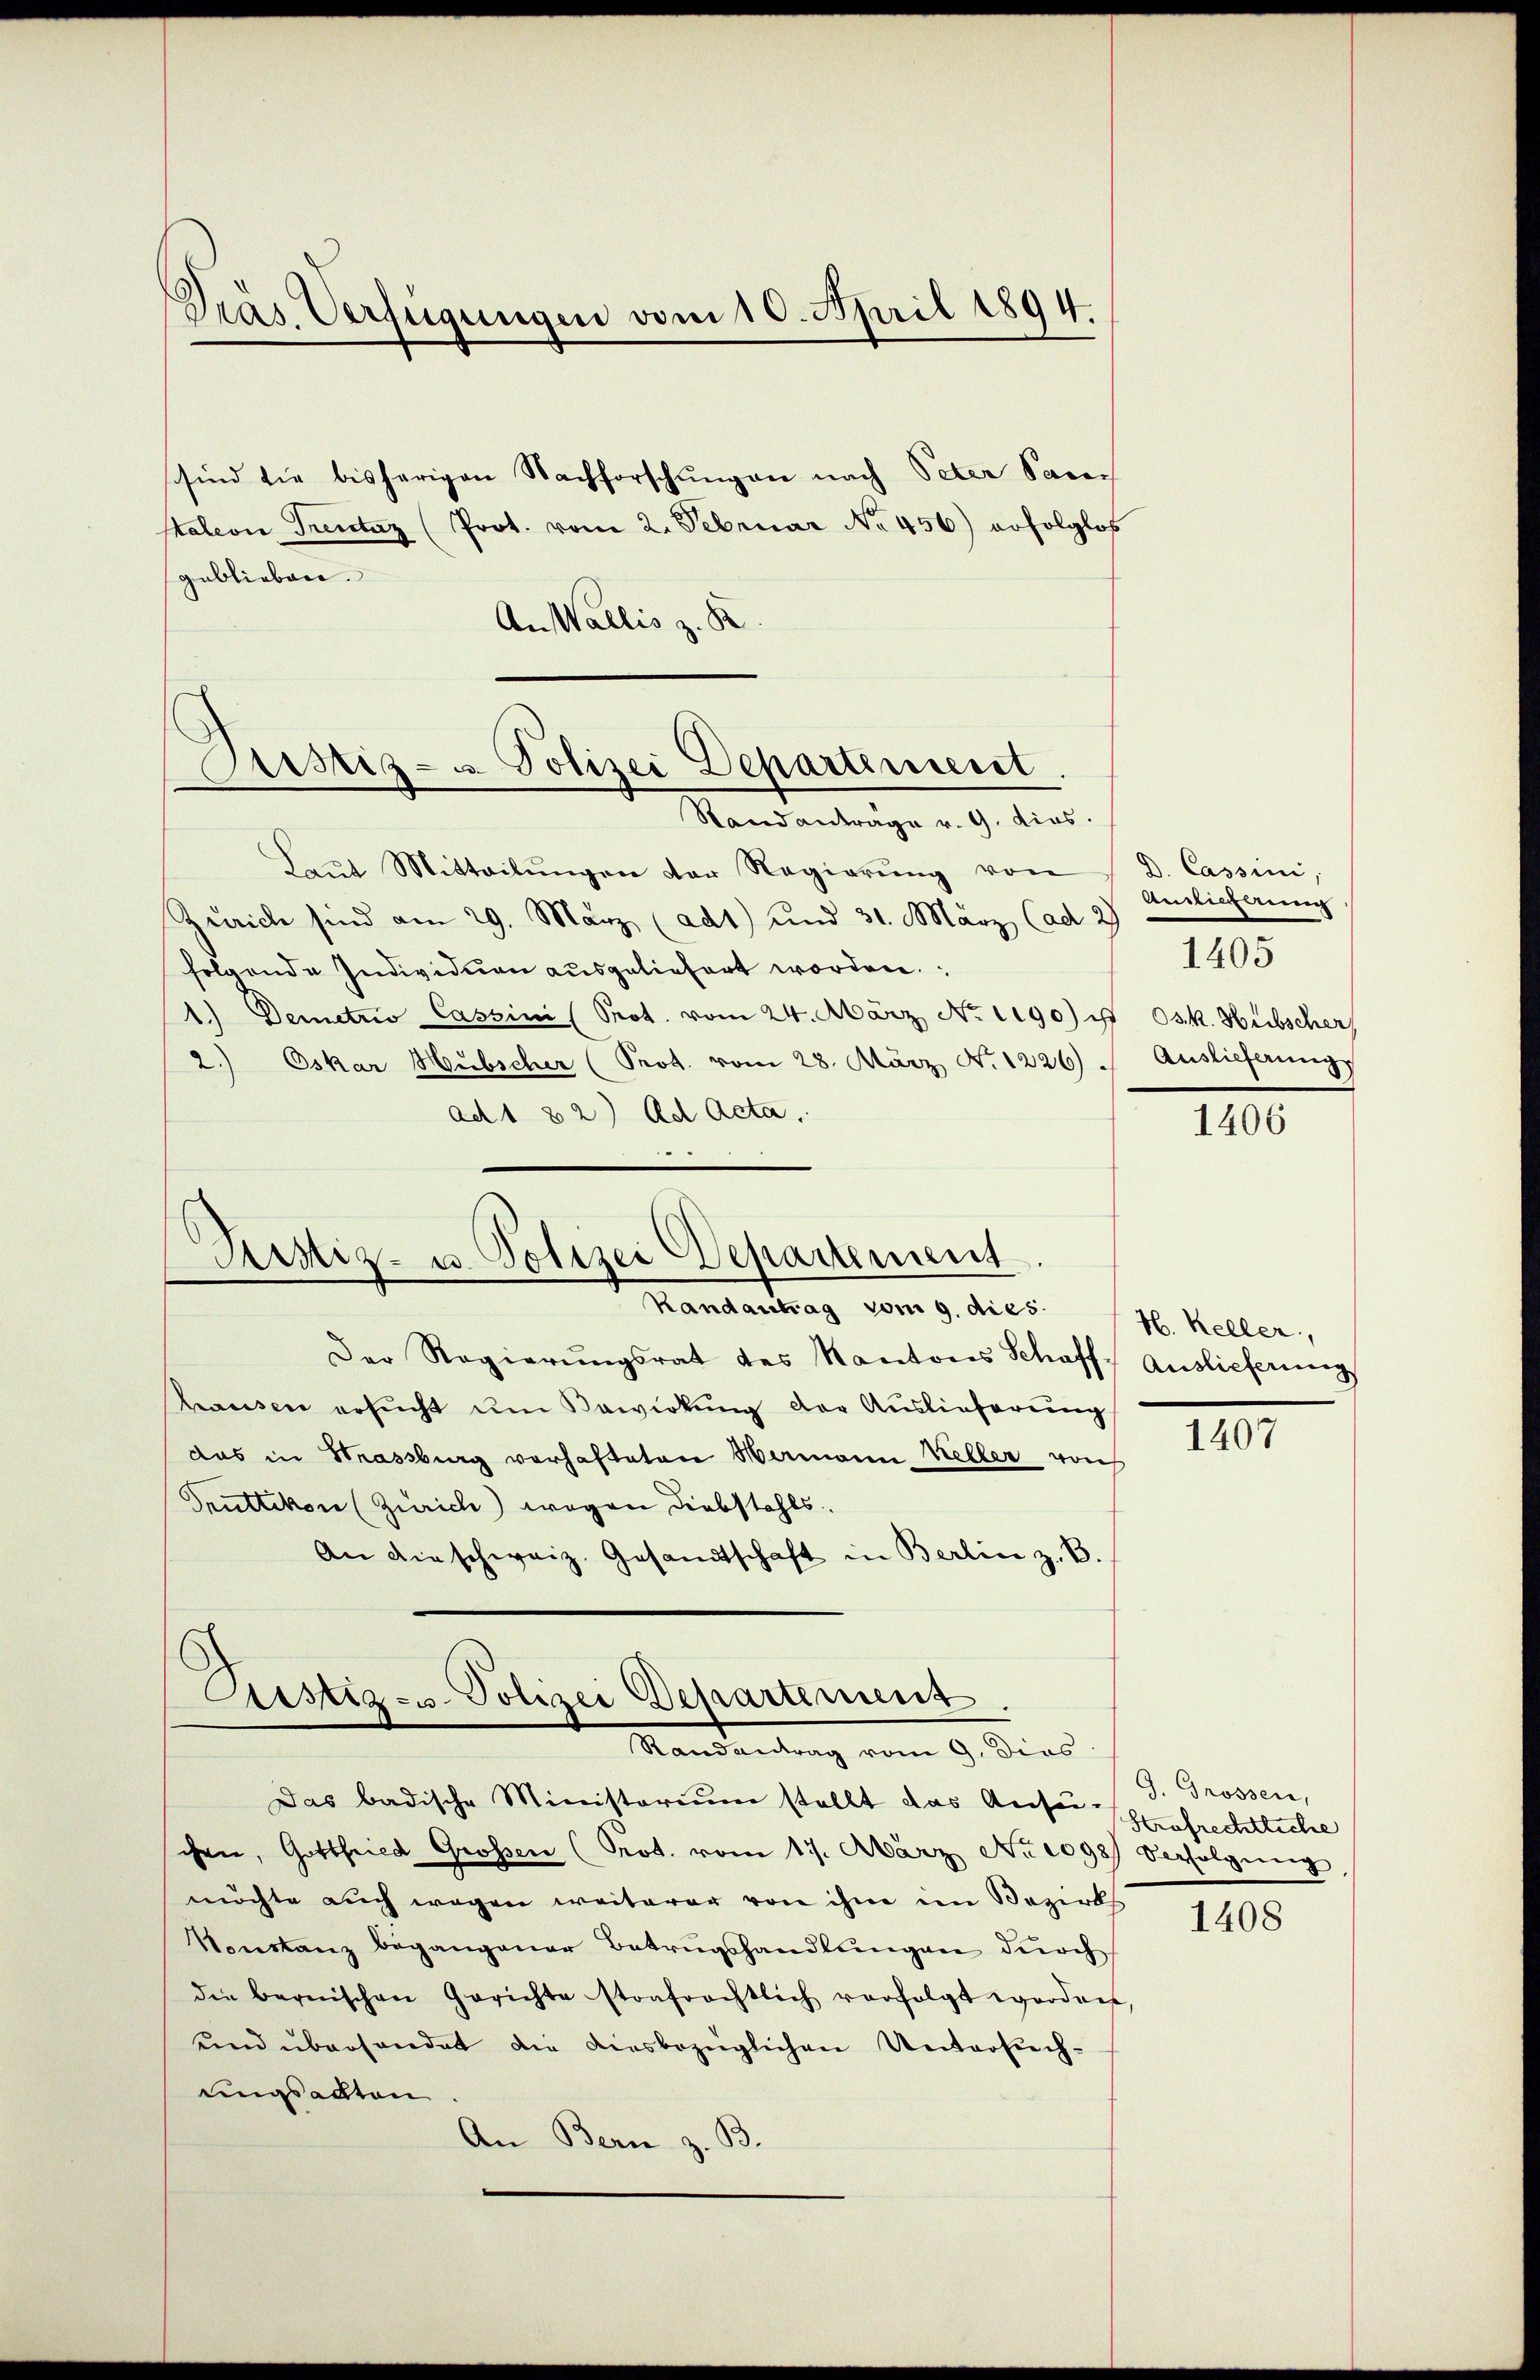
Dräs Verfügungen vom 10. April 1894.
sind die bisherigen Nachforschŭngen nach Peter Sacer
stalerie Treutz (Prot. vom 2. Februar No. 456) erfolglos
geblieben.
An Wallis z. B.

Prustiz- u Polizei Departenseit
Stand antrage v. 9. dies.

Laŭt Mitteilŭngen der Regierŭng von
Zürich sind am 29. März (ad1) und 31. März (ad 2
folgende Individuen ausgeliefert worden.
1.) Demetzo Cassini (Prot. vom 24. März No. 1190) u. Osk. Hübscher,
2.) Oskar Hubscher (Prot. vom 28. März No. 1226. Auslieferungs
ad 1 82) Ad Acta.
Justiz- u. Polizei Departement
Randantrag vom 9. dies
Der Regierŭngsrat des Kantons Schafft Auslieferung
hausen ersucht um Bewirkung der Auslieferung
das in Strassburg verhafteten Wermann Weller von
Truttikon (Zürich) wegen Diebstahls
An die schweiz. Gesandtschaft in Berlin z. B.

Sistiz- & Polizei Departement
Kanderung vom 9. Dies

d. Cassini,
Antlicherung

Das badische Ministorium stellt das Aufer hofrechtliche
chen, Gottfried Großen (Prot. vom 17. März No 1098) Verfolgŭng
möchte auch wegen weiterer von ihme im Bezirks
Vonstanz begangener Betrugshandlungen durch
die bernischen Gerichte strafrechtlich verfolgt worden,
und überhandet die ausbezüglichen Untersuchungsacten
An Bern z. B.

1405

1406

H. Keller,
1407

J. Grossen,

1408